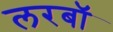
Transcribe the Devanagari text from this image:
लरबॉ